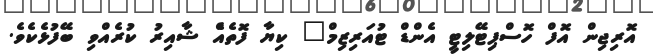
އޮރިޖިން އޮފް ހޮސްޕިޓޭލިޓީ އެންޑް ޓުއަރިޒިމް" ކިޔާ ފޮތެއެް ޝާއިރު ކުރެއްވި ބޭފުޅެކެވެ.